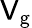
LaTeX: \mathsf{V}_{\mathrm{{{g}}}}